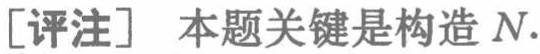
[评注] 本题关键是构造 \(N\).